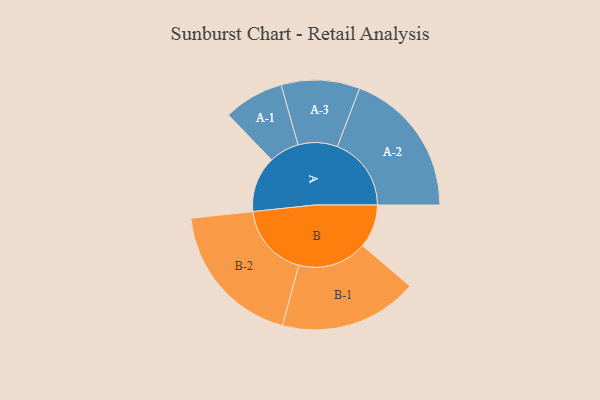
{"axis": {"x": "Segment", "y": "Value"}, "legend": ["", "A", "B"], "data": [{"x": "A", "y": 219, "type": ""}, {"x": "B", "y": 170, "type": ""}, {"x": "A-1", "y": 118, "type": "A"}, {"x": "A-2", "y": 290, "type": "A"}, {"x": "A-3", "y": 154, "type": "A"}, {"x": "B-1", "y": 271, "type": "B"}, {"x": "B-2", "y": 289, "type": "B"}]}